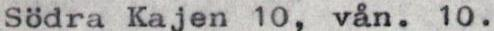
Södra Kajen 10, vån. 10.